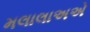
મલાલાઅએ